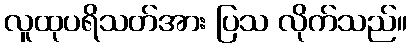
လူထုပရိသတ်အား ပြသ လိုက်သည်။